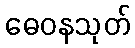
ဓေဝနသုတ်